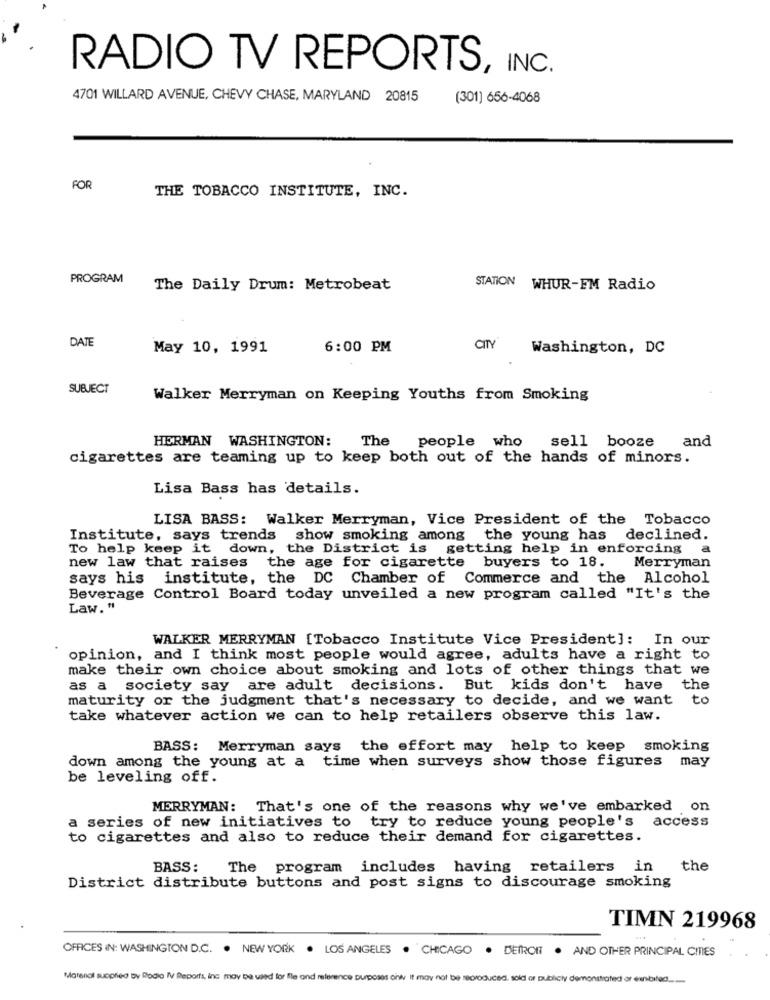
RADIO TV REPORTS, INC.
4701 WILLARD AVENUE, CHEVY CHASE, MARYLAND 20815
(301] 656-4068
FOR
THE TOBACCO INSTITUTE, INC.
PROGRAM
The Daily Drum: Metrobeat
STATION WHUR-FM Radio
DATE
May 10, 1991
6:00 PM
CITY
Washington, DC
SUBJECT
Walker Merryman on Keeping Youths from Smoking
HERMAN WASHINGTON:
The
people who
sell booze and
cigarettes are teaming up to keep both out of the hands of minors.
Lisa Bass has details.
LISA BASS: Walker Merryman, Vice President of the Tobacco
Institute, says trends
show smoking among the young has declined.
To help keep it down, the District is getting help in enforcing
a
new law that raises the age for cigarette buyers to 18.
Merryman
says his institute, the DC Chamber of Commerce and the Alcohol
Beverage Control Board today unveiled a new program called "It's the
Law. "
WALKER MERRYMAN [Tobacco Institute Vice President]: In our
opinion, and I think most people would agree, adults have a right to
make their own choice about smoking and lots of other things that we
as a society say are adult decisions. But kids don't have the
maturity or the judgment that's necessary to decide, and we want
to
take whatever action we can to help retailers observe this law.
BASS: Merryman says the effort may help to keep smoking
down among the young at a time when surveys show those figures may
be leveling off.
MERRYMAN: That's one of the reasons why we've embarked on
a series of new initiatives to try to reduce young people's access
to cigarettes and also to reduce their demand for cigarettes.
BASS:
The program includes having retailers in
the
District distribute buttons and post signs to discourage smoking
TIMN 219968
OFFICES IN: WASHINGTON D.C. . NEW YORK . LOS ANGELES
. CHICAGO
. DETROIT . AND OTHER PRINCIPAL CITIES
Marenal suopried by Rodio IV Reports, inc may be used for fle and reference purposes only It may not be neoroduced. sold or publicly demonstrated or exituted ..